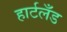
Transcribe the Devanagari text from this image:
हार्टलँड